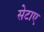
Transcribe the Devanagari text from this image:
सेटाए